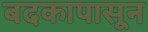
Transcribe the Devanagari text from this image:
बदकापासून